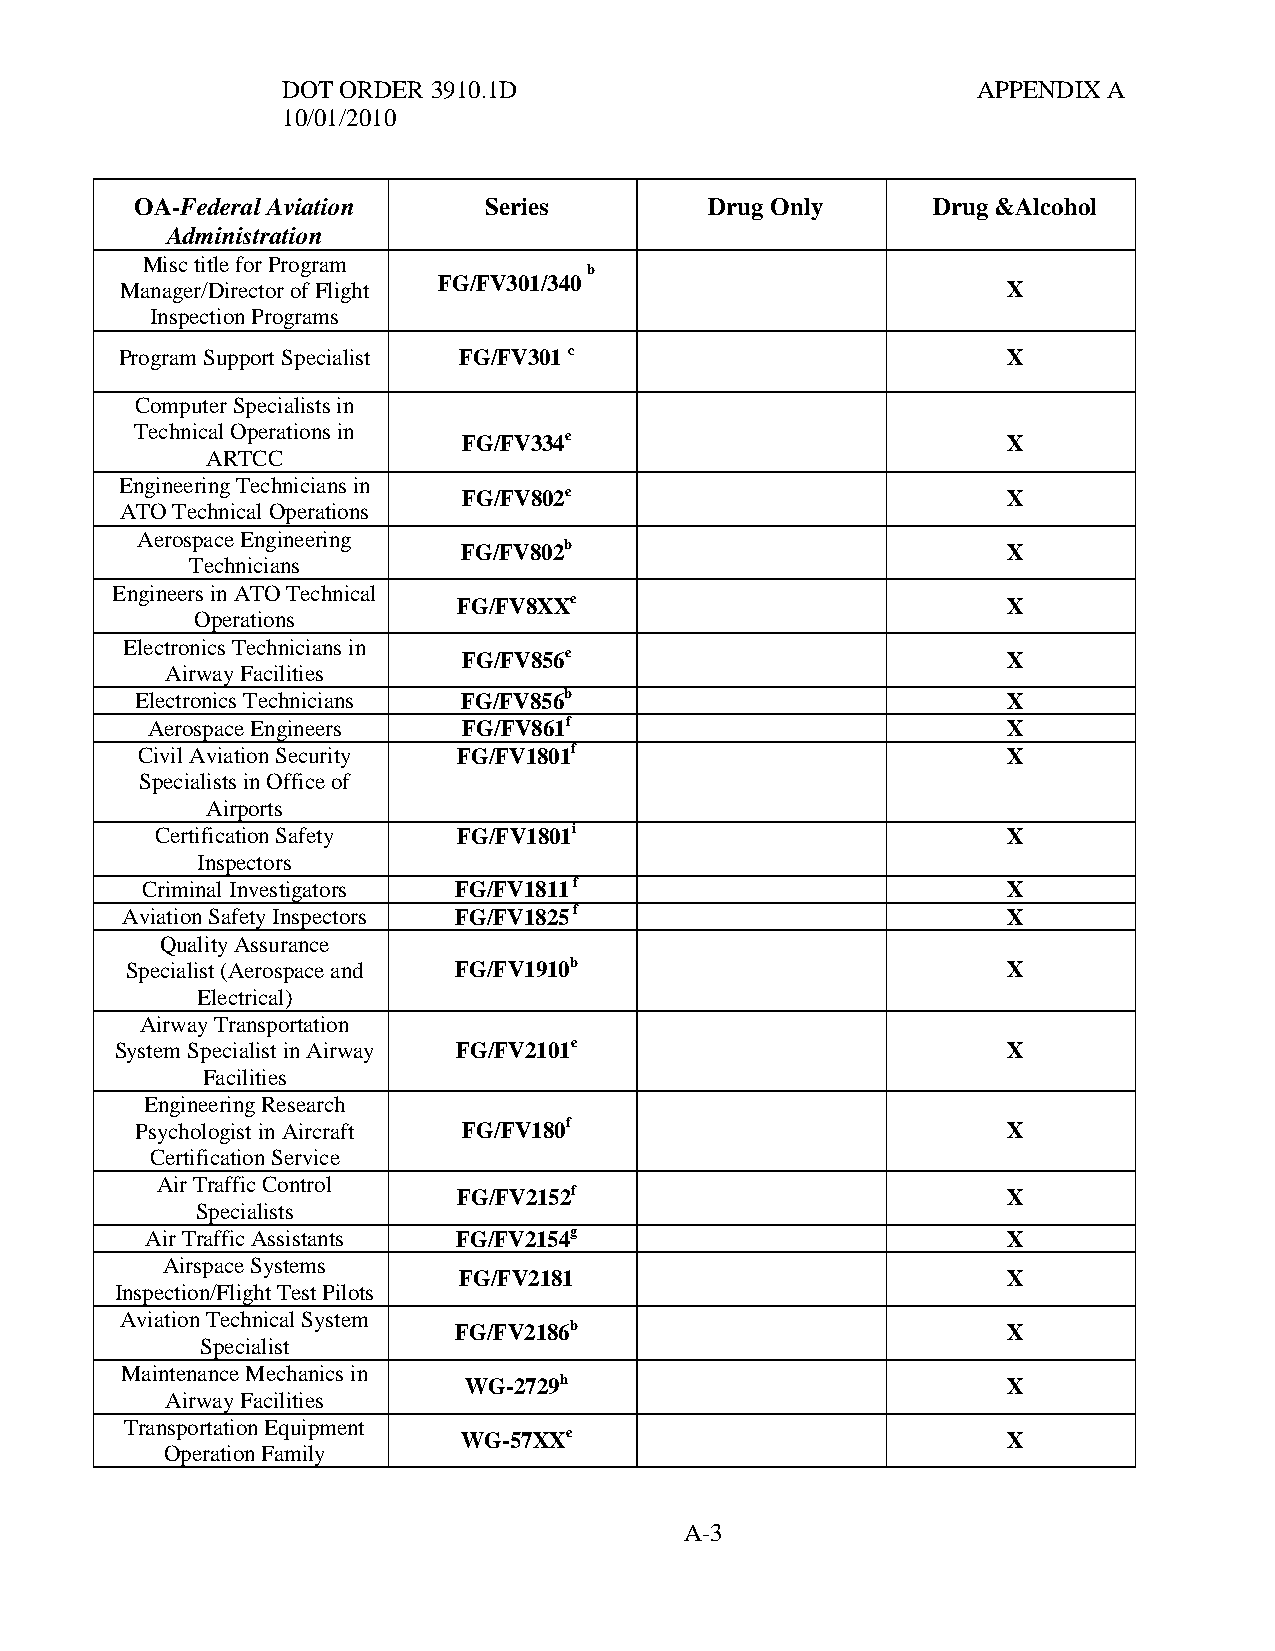
DOT ORDER 3910.1D                             APPENDIX A
 10/01/2010
 OA-Federal Aviation    Series         Drug Only      Drug &Alcohol
 Administration
 Misc title for Program
 Manager/Director of Flight FG/FV301/340
 b
 X
 Inspection Programs
 Program Support Specialist FG/FV301 c                      X
 Computer Specialists in
 Technical Operations in
 FG/FV334e                           X
 ARTCC
 Engineering Technicians in
 FG/FV802e                           X
 ATO Technical Operations
 Aerospace Engineering
 FG/FV802b                           X
 Technicians
 Engineers in ATO Technical
 FG/FV8XXe                            X
 Operations
 Electronics Technicians in
 FG/FV856e                           X
 Airway Facilities
 Electronics Technicians FG/FV856b                         X
 Aerospace Engineers  FG/FV861f                           X
 Civil Aviation Security FG/FV1801f                        X
 Specialists in Office of
 Airports
 Certification Safety FG/FV1801i                          X
 Inspectors
 Criminal Investigators FG/FV1811 f                        X
 Aviation Safety Inspectors FG/FV1825 f                     X
 Quality Assurance
 Specialist (Aerospace and FG/FV1910b                       X
 Electrical)
 Airway Transportation
 System Specialist in Airway FG/FV2101e                     X
 Facilities
 Engineering Research
 Psychologist in Aircraft FG/FV180f                        X
 Certification Service
 Air Traffic Control
 FG/FV2152f                           X
 Specialists
 Air Traffic Assistants FG/FV2154g                        X
 Airspace Systems
 FG/FV2181                            X
 Inspection/Flight Test Pilots
 Aviation Technical System
 FG/FV2186b                           X
 Specialist
 Maintenance Mechanics in
 WG-2729h                            X
 Airway Facilities
 Transportation Equipment
 WG-57XXe                            X
 Operation Family
 A-3